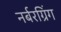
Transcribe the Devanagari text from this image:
नर्बरग्रिंग